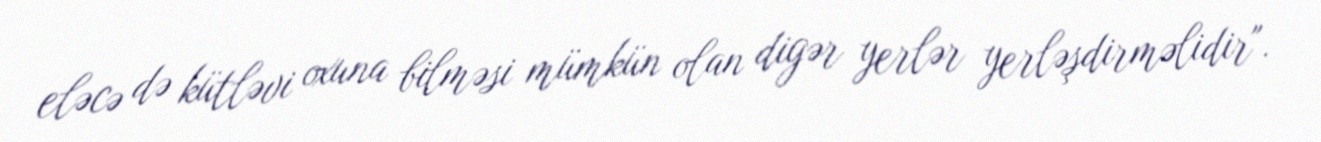
eləcə də kütləvi oxuna bilməsi mümkün olan digər yerlər yerləşdirməlidir".